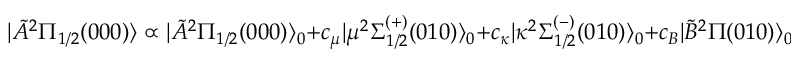
| \tilde { A } { } ^ { 2 } \Pi _ { 1 / 2 } ( 0 0 0 ) \rangle \propto | \tilde { A } { } ^ { 2 } \Pi _ { 1 / 2 } ( 0 0 0 ) \rangle _ { 0 } + c _ { \mu } | \mu { } ^ { 2 } \Sigma _ { 1 / 2 } ^ { ( + ) } ( 0 1 0 ) \rangle _ { 0 } + c _ { \kappa } | \kappa { } ^ { 2 } \Sigma _ { 1 / 2 } ^ { ( - ) } ( 0 1 0 ) \rangle _ { 0 } + c _ { B } | \tilde { B } { } ^ { 2 } \Pi ( 0 1 0 ) \rangle _ { 0 } .